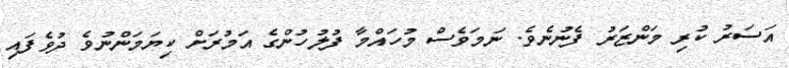
އަސަރު ކުރި މަންޒަރު ފެނުނެވެ. ނަމަވެސް މުހައްމާ ފުލުހުންގެ އަމުރަށް ކިޔަމަންނުވެ ދުވެފައި